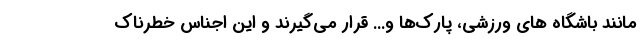
مانند باشگاه های ورزشی، پارک‌ها و... قرار می‌گیرند و این اجناس خطرناک